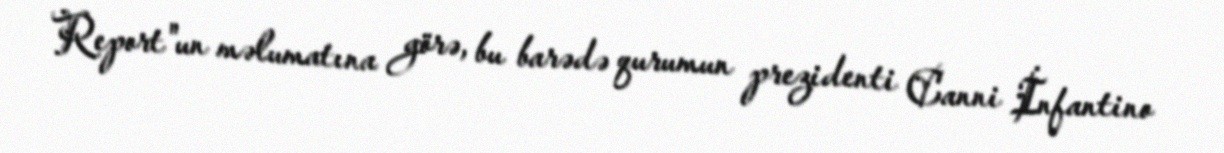
Report"un məlumatına görə, bu barədə qurumun prezidenti Canni İnfantino